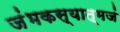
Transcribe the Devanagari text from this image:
जंभकस्यात्मजं